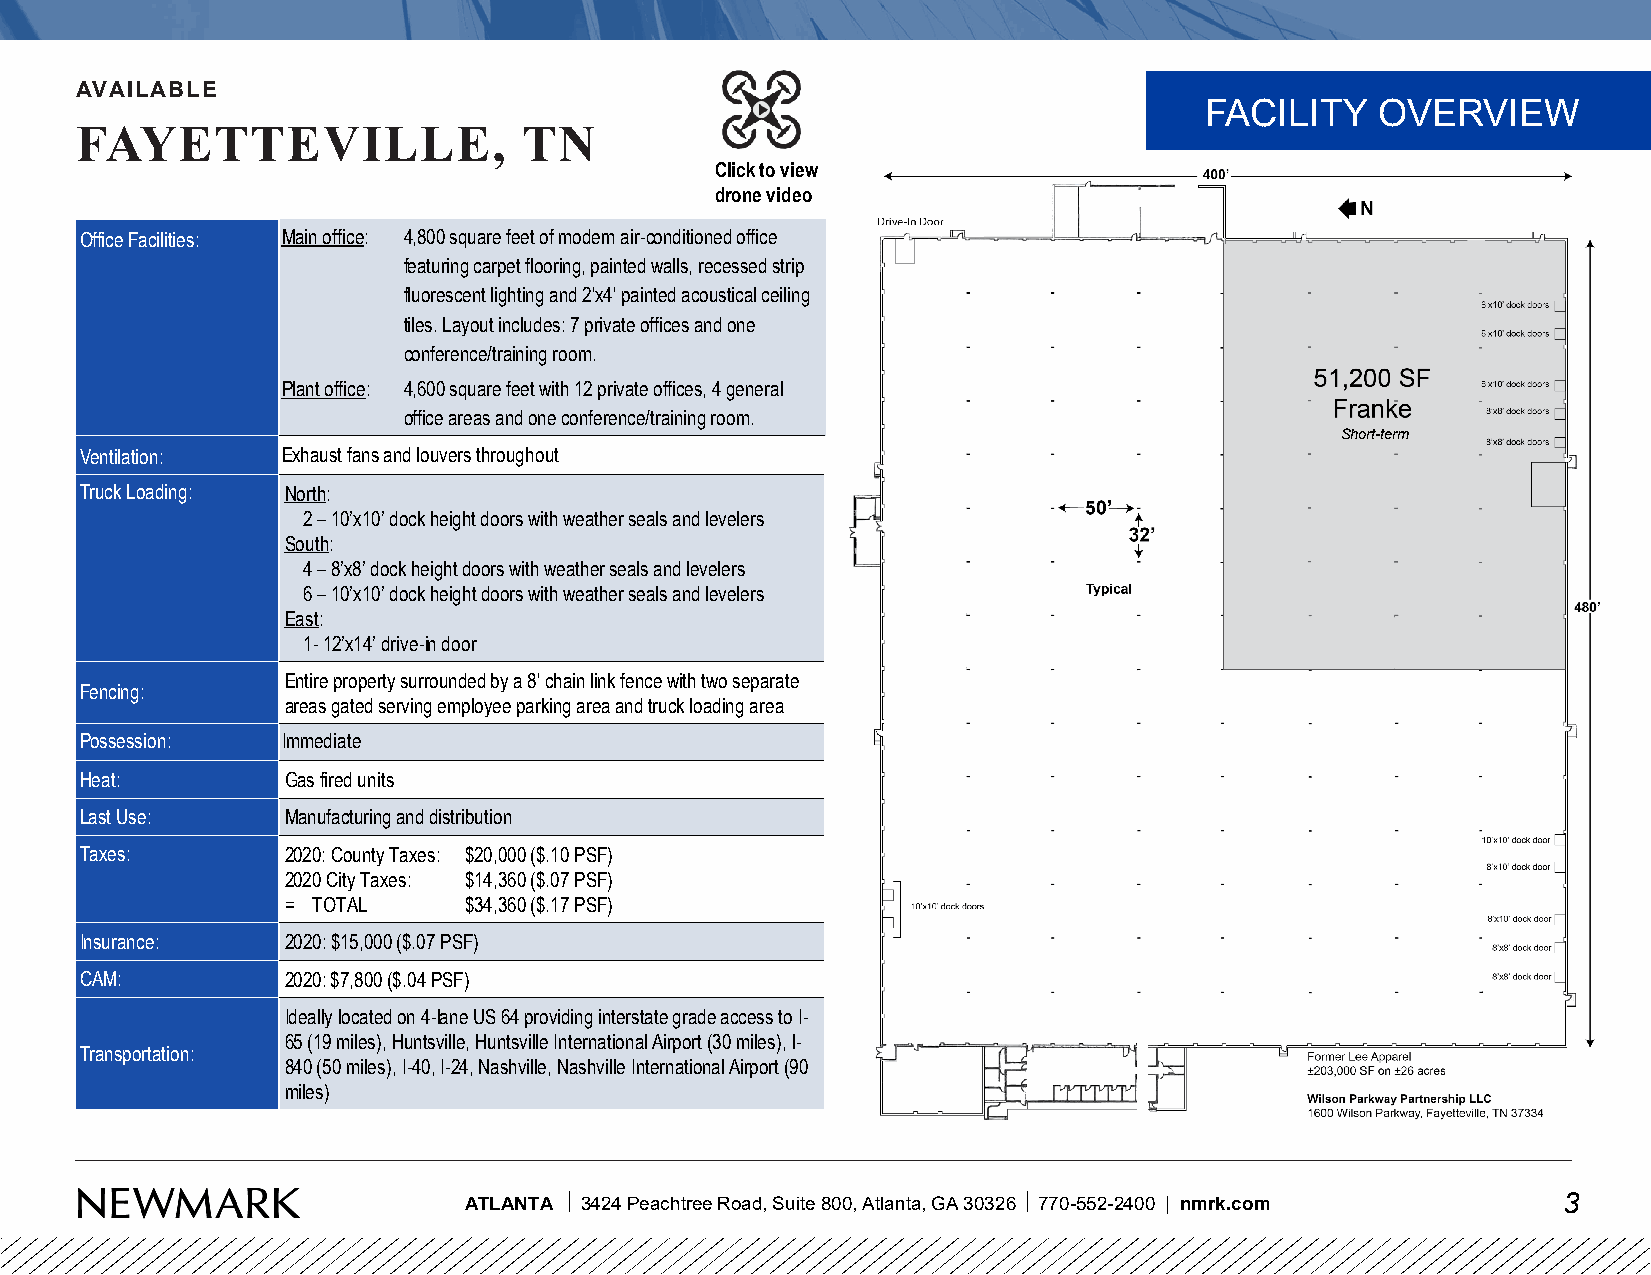
AVAILABLE
 FACILITY   OVERVIEW
 FAYETTEVILLE,                 TN
 Click to view
 drone video
 Office Facilities: Main office: 4,800 square feet of modern air-conditioned office
 featuring carpet flooring, painted walls, recessed strip
 fluorescent lighting and 2'x4' painted acoustical ceiling
 tiles. Layout includes: 7 private offices and one
 conference/training room.
 Plant office: 4,600 square feet with 12 private offices, 4 general
 office areas and one conference/training room.
 Short-term
 Ventilation:  Exhaust fans and louvers throughout
 Truck Loading: North:
 2 –10’x10’ dock height doors with weather seals and levelers
 South:
 4 –8’x8’ dock height doors with weather seals and levelers
 6 –10’x10’ dock height doors with weather seals and levelers
 East:
 1-12’x14’ drive-in door
 Entire property surrounded by a 8' chain link fence with two separate
 Fencing:
 areas gated serving employee parking area and truck loading area
 Possession:   Immediate
 Heat:         Gas fired units
 Last Use:     Manufacturing and distribution
 Taxes:        2020: County Taxes: $20,000 ($.10 PSF)
 2020 City Taxes: $14,360 ($.07 PSF)
 = TOTAL     $34,360 ($.17 PSF)
 Insurance:    2020: $15,000 ($.07 PSF)
 CAM:          2020: $7,800 ($.04 PSF)
 Ideally located on 4-lane US 64 providing interstate grade access to I-
 65 (19 miles), Huntsville, Huntsville International Airport (30 miles), l-
 Transportation:
 840 (50 miles), I-40, I-24, Nashville, Nashville International Airport (90
 miles)
 ATLANTA 3424 Peachtree Road, Suite 800, Atlanta, GA 30326 770-552-2400 | nmrk.com 3